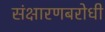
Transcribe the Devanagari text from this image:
संक्षारणबरोधी